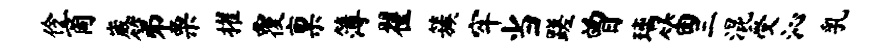
伶商崴第栗擢覆禀簿翟簇牢当蹉曾璃笛三混受沁乳